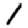
Digit: 1